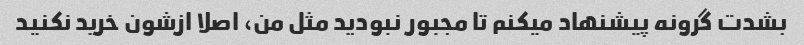
بشدت گرونه پیشنهاد میکنم تا مجبور نبودید مثل من، اصلا ازشون خرید نکنید